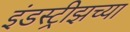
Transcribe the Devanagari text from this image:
इंडस्ट्रीझच्या